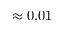
\approx 0 . 0 1